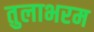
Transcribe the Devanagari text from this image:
तुलाभरम